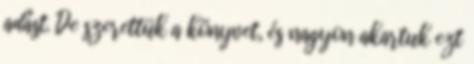
adást. De szerettük a könyvet, és nagyon akartuk ezt